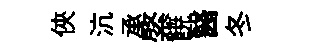
俠沆承綮𩜙醫冬